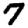
Digit: 7